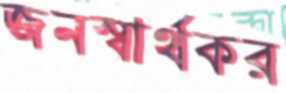
জনস্বার্থকর